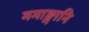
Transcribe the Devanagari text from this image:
ममाङ्गानि